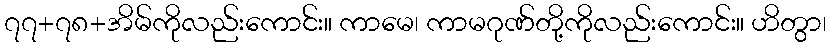
၇၇+၇၈+အိမ်ကိုလည်းကောင်း။ ကာမေ၊ ကာမဂုဏ်တို့ကိုလည်းကောင်း။ ဟိတွာ၊